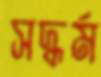
সদ্ধর্ম